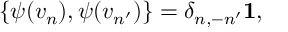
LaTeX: \{ \psi ( v _ { n } ) , \psi ( v _ { n ^ { \prime } } ) \} = \delta _ { n , - n ^ { \prime } } { \bf 1 } ,